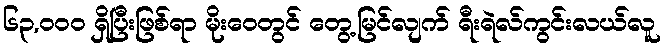
၆၃,၀၀၀ ရှိပြီးဖြစ်ရာ မိုးဝေတွင် တွေ့မြင်လျက် ရီးရဲလ်ကွင်းလယ်လူ